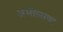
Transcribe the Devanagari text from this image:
अभीलाषा